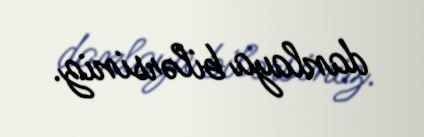
danlaya bilərsiniz.